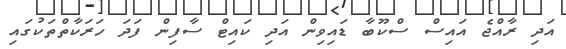
އަދި ރާއްޖެ އައިސް ސްކޫބާ ޑައިވިން އަދި ކައިޓް ސާފިން ފަދަ ހަރަކާތްތަކުގައި